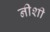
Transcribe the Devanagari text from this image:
नीशी